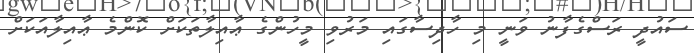
ސައުދީ ރަސްގެފާނު ވަނީ މި ހާދިސާގައި މަރުވި މީހުންގެ ޢާއިލާތަކަށް ކޮންމެ ޢާއިލާއަކަށް